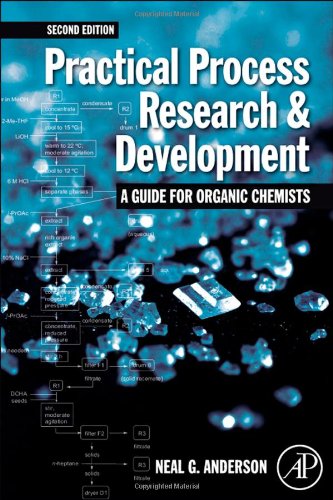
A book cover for Practical Process Research and Development - A guide for Organic Chemists, Second Edition; Neal G. Anderson; Science & Math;